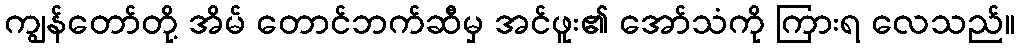
ကျွန်တော်တို့ အိမ် တောင်ဘက်ဆီမှ အင်ဖူး၏ အော်သံကို ကြားရ လေသည်။